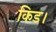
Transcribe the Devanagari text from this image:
किड।